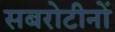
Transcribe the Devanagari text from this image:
सबरोटीनों